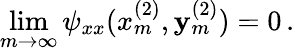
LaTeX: \operatorname*{lim}_{m\rightarrow\infty}\psi_{xx}(x_{m}^{(2)},\mathbf{y}_{m}^{(2)})=0\, .